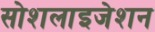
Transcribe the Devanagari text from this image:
सोशलाइजेशन